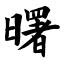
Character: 曙